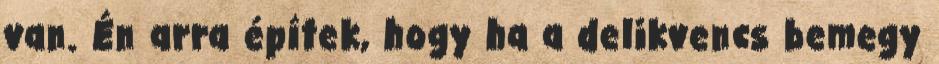
van. Én arra építek, hogy ha a delikvencs bemegy